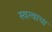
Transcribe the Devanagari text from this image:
स्वत्वाचा